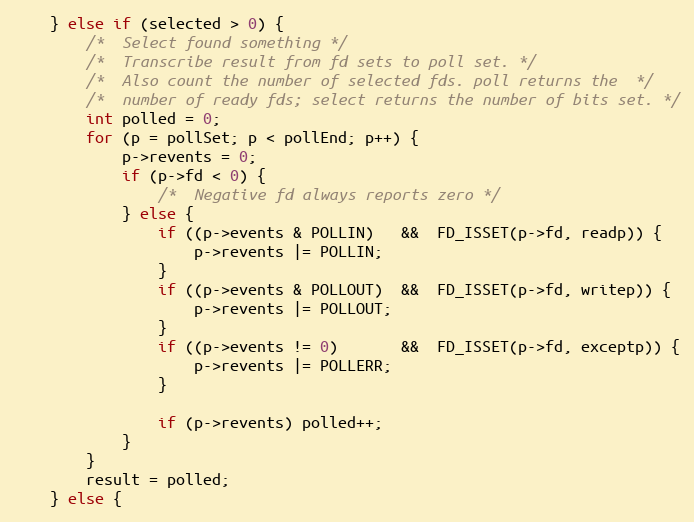
Language: C
    } else if (selected > 0) {
        /*  Select found something */
        /*  Transcribe result from fd sets to poll set. */
        /*  Also count the number of selected fds. poll returns the  */
        /*  number of ready fds; select returns the number of bits set. */
        int polled = 0;
        for (p = pollSet; p < pollEnd; p++) {
            p->revents = 0;
            if (p->fd < 0) {
                /*  Negative fd always reports zero */
            } else {
                if ((p->events & POLLIN)   &&  FD_ISSET(p->fd, readp)) {
                    p->revents |= POLLIN;
                }
                if ((p->events & POLLOUT)  &&  FD_ISSET(p->fd, writep)) {
                    p->revents |= POLLOUT;
                }
                if ((p->events != 0)       &&  FD_ISSET(p->fd, exceptp)) {
                    p->revents |= POLLERR;
                }

                if (p->revents) polled++;
            }
        }
        result = polled;
    } else {